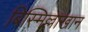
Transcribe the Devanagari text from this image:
बिस्मिल्लाखान